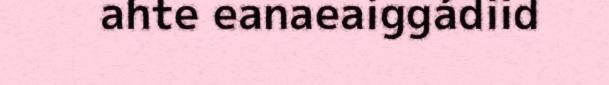
ahte eanaeaiggádiid